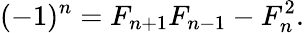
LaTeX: (-1)^{n}=F_{n+1}F_{n-1}-F_{n}^{2}.